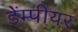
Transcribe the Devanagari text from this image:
डेंम्पीयर